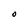
Character: O